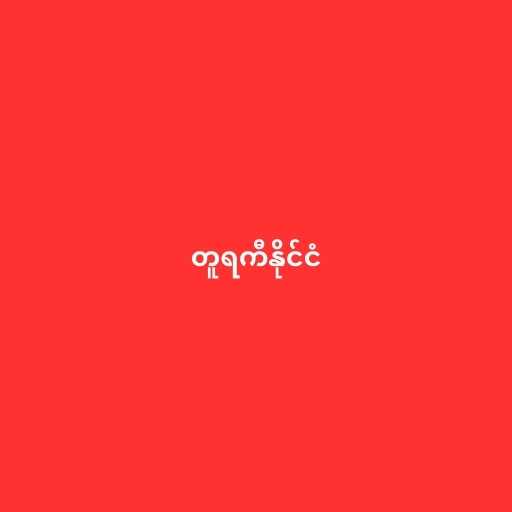
တူရကီနိုင်ငံ